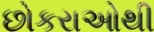
છોકરાઓથી